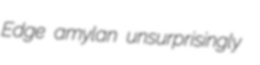
Edge amylan unsurprisingly